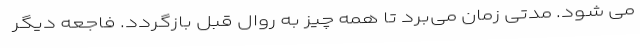
می شود. مدتی زمان می‌برد تا همه چیز به روال قبل بازگردد. فاجعه دیگر